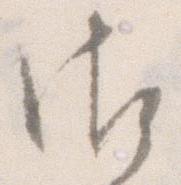
御